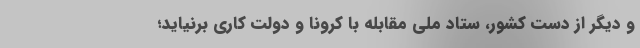
و دیگر از دست کشور، ستاد ملی مقابله با کرونا و دولت کاری برنیاید؛